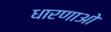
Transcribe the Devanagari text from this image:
धारणाओ